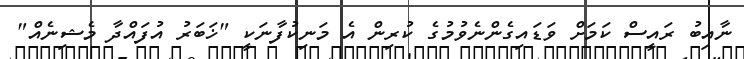
ނާއިބު ރައީސް ކަމަށް ވަޑައިގެންނެވުމުގެ ކުރިން އެ މަނިކުފާނަކީ "ޚަބަރު އުފައްދާ މެޝިނެއް"